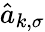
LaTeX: \hat{a}_{k,\sigma}